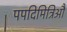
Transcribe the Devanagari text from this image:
पपदिमित्रिऔ